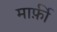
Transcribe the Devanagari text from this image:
मार्फ़ी